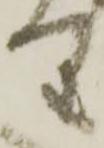
り